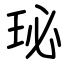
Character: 珌